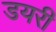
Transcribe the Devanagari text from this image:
डयरी